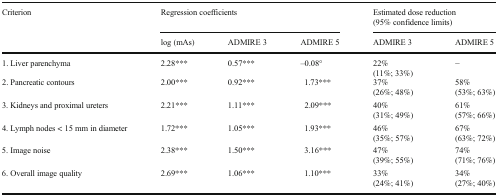
<table><thead><tr><td rowspan="2"><b>Criterion</b></td><td colspan="3"><b>Regression coefficients</b></td><td colspan="2"><b>Estimated dose reduction(95% confidence limits)</b></td></tr><tr><td><b>log (mAs)</b></td><td><b>ADMIRE 3</b></td><td><b>ADMIRE 5</b></td><td><b>ADMIRE 3</b></td><td><b>ADMIRE 5</b></td></tr></thead><tbody><tr><td>1. Liver parenchyma</td><td>2.28***</td><td>0.57***</td><td>–0.08°</td><td>22%(11%; 33%)</td><td>−</td></tr><tr><td>2. Pancreatic contours</td><td>2.00***</td><td>0.92***</td><td>1.73***</td><td>37%(26%; 48%)</td><td>58%(53%; 63%)</td></tr><tr><td>3. Kidneys and proximal ureters</td><td>2.21***</td><td>1.11***</td><td>2.09***</td><td>40%(31%; 49%)</td><td>61%(57%; 66%)</td></tr><tr><td>4. Lymph nodes &lt; 15 mm in diameter</td><td>1.72***</td><td>1.05***</td><td>1.93***</td><td>46%(35%; 57%)</td><td>67%(63%; 72%)</td></tr><tr><td>5. Image noise</td><td>2.38***</td><td>1.50***</td><td>3.16***</td><td>47%(39%; 55%) </td><td>74%(71%; 76%)</td></tr><tr><td>6. Overall image quality</td><td>2.69***</td><td>1.06***</td><td>1.10***</td><td>33%(24%; 41%)</td><td>34%(27%; 40%)</td></tr></tbody></table>